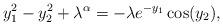
LaTeX: \begin{align*} y^2_1 - y^2_2 + \lambda^\alpha = - \lambda e^{-y_1} \cos (y_2), \end{align*}